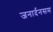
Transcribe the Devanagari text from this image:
जनार्दनसम